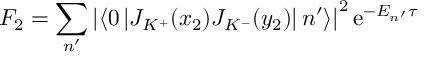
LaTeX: F _ { 2 } = \sum _ { n ^ { \prime } } \left| \left\langle 0 \left| J _ { K ^ { + } } ( x _ { 2 } ) J _ { K ^ { - } } ( y _ { 2 } ) \right| n ^ { \prime } \right\rangle \right| ^ { 2 } \mathrm { e } ^ { - E _ { n ^ { \prime } } \tau }